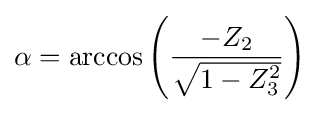
\alpha =\arccos \left({\frac {-Z_{2}}{\sqrt {1-Z_{3}^{2}}}}\right)